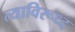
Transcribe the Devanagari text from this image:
त्याविरूध्द